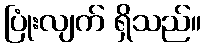
ပြုံးလျက် ရှိသည်။